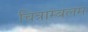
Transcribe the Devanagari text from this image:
चित्राम्बलम